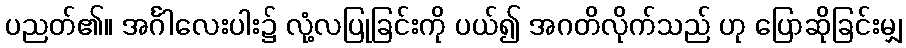
ပညတ်၏။ အင်္ဂါလေးပါး၌ လုံ့လပြုခြင်းကို ပယ်၍ အဂတိလိုက်သည် ဟု ပြောဆိုခြင်းမျှ